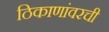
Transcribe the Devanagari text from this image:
ठिकाणांवरची